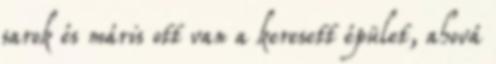
sarok és máris ott van a keresett épület, ahová